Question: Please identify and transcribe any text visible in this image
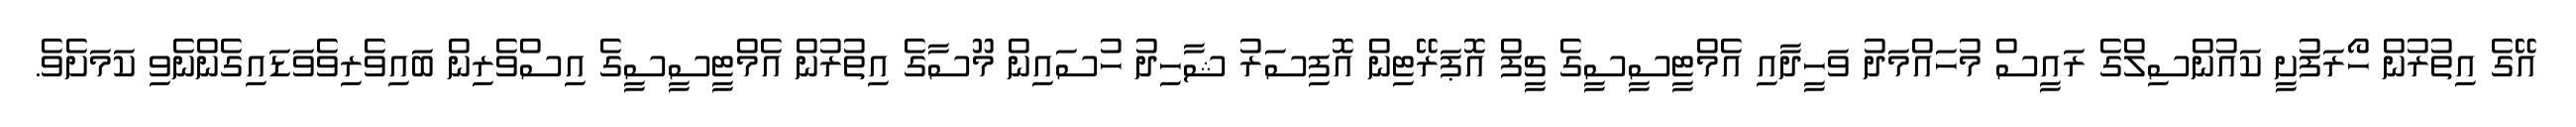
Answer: އޭގެ އިތުރުން ހޯރަފުށީ ކައުންސިލްގެ ރައީސް މުހައްމަދު ވަހީދާއި އެމްޓީސީސީގެ ޗީފް އޮޕަރޭޓިން އޮފިސަރު ޝާހިދު ހުސައިން މޫސާގެ އިތުރުން އެމްޓީސީސީގެ އިސްވެރިން ބައިވެރިވެވަޑައިގެންނެވި ކަމަށެވެ.